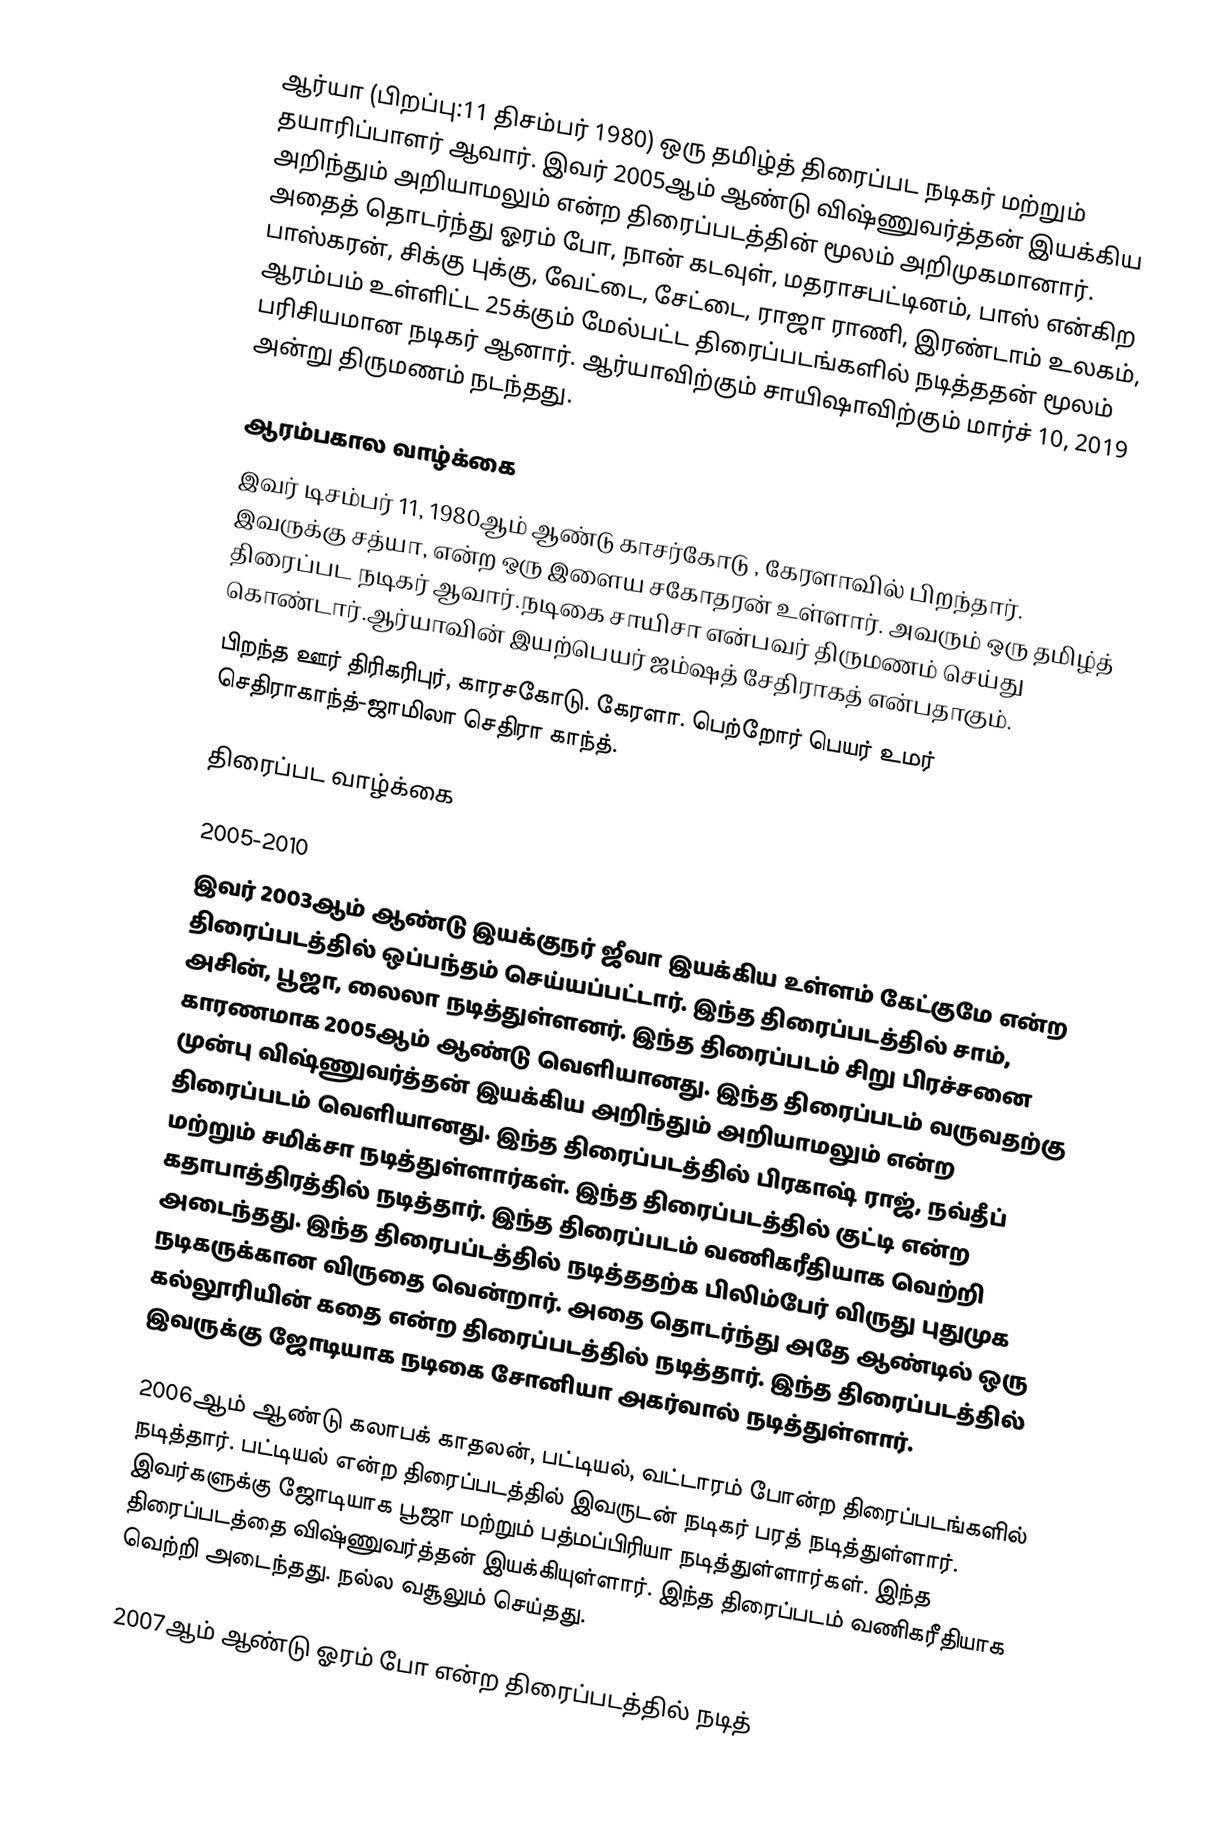
ஆர்யா (பிறப்பு:11 திசம்பர் 1980) ஒரு தமிழ்த் திரைப்பட நடிகர் மற்றும் தயாரிப்பாளர் ஆவார். இவர் 2005ஆம் ஆண்டு விஷ்ணுவர்த்தன் இயக்கிய அறிந்தும் அறியாமலும் என்ற திரைப்படத்தின் மூலம் அறிமுகமானார். அதைத் தொடர்ந்து ஓரம் போ, நான் கடவுள், மதராசபட்டினம், பாஸ் என்கிற பாஸ்கரன், சிக்கு புக்கு, வேட்டை, சேட்டை, ராஜா ராணி, இரண்டாம் உலகம், ஆரம்பம் உள்ளிட்ட 25க்கும் மேல்பட்ட திரைப்படங்களில் நடித்ததன் மூலம் பரிசியமான நடிகர் ஆனார். ஆர்யாவிற்கும் சாயிஷாவிற்கும் மார்ச் 10, 2019 அன்று திருமணம் நடந்தது.

ஆரம்பகால வாழ்க்கை
இவர் டிசம்பர் 11, 1980ஆம் ஆண்டு காசர்கோடு , கேரளாவில் பிறந்தார். இவருக்கு சத்யா, என்ற ஒரு இளைய சகோதரன் உள்ளார். அவரும் ஒரு தமிழ்த் திரைப்பட நடிகர் ஆவார்.நடிகை சாயிசா என்பவர் திருமணம் செய்து கொண்டார்.ஆர்யாவின் இயற்பெயர் ஜம்ஷத் சேதிராகத் என்பதாகும்.
பிறந்த ஊர் திரிகரிபுர், காரசகோடு. கேரளா. பெற்றோர் பெயர் உமர் செதிராகாந்த்-ஜாமிலா செதிரா காந்த்.

திரைப்பட வாழ்க்கை

2005-2010
இவர் 2003ஆம் ஆண்டு இயக்குநர் ஜீவா இயக்கிய உள்ளம் கேட்குமே என்ற திரைப்படத்தில் ஒப்பந்தம் செய்யப்பட்டார். இந்த திரைப்படத்தில் சாம், அசின், பூஜா, லைலா நடித்துள்ளனர். இந்த திரைப்படம் சிறு பிரச்சனை காரணமாக 2005ஆம் ஆண்டு வெளியானது. இந்த திரைப்படம் வருவதற்கு முன்பு விஷ்ணுவர்த்தன் இயக்கிய அறிந்தும் அறியாமலும் என்ற திரைப்படம் வெளியானது. இந்த திரைப்படத்தில் பிரகாஷ் ராஜ், நவ்தீப் மற்றும் சமிக்சா நடித்துள்ளார்கள். இந்த திரைப்படத்தில் குட்டி என்ற கதாபாத்திரத்தில் நடித்தார். இந்த திரைப்படம் வணிகரீதியாக வெற்றி அடைந்தது. இந்த திரைபப்டத்தில் நடித்ததற்க பிலிம்பேர் விருது புதுமுக நடிகருக்கான விருதை வென்றார். அதை தொடர்ந்து அதே ஆண்டில் ஒரு கல்லூரியின் கதை என்ற திரைப்படத்தில் நடித்தார். இந்த திரைப்படத்தில் இவருக்கு ஜோடியாக நடிகை சோனியா அகர்வால் நடித்துள்ளார்.

2006ஆம் ஆண்டு கலாபக் காதலன், பட்டியல், வட்டாரம் போன்ற திரைப்படங்களில் நடித்தார். பட்டியல் என்ற திரைப்படத்தில் இவருடன் நடிகர் பரத் நடித்துள்ளார். இவர்களுக்கு ஜோடியாக பூஜா மற்றும் பத்மப்பிரியா நடித்துள்ளார்கள். இந்த திரைப்படத்தை விஷ்ணுவர்த்தன் இயக்கியுள்ளார். இந்த திரைப்படம் வணிகரீதியாக வெற்றி அடைந்தது. நல்ல வசூலும் செய்தது.

2007ஆம் ஆண்டு ஓரம் போ என்ற திரைப்படத்தில் நடித்